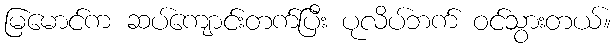
မြမောင်က ဆပ်ကျောင်းတက်ပြီး ပုလိပ်ဘက် ဝင်သွားတယ်။